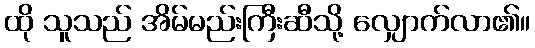
ထို သူသည် အိမ်မည်းကြီးဆီသို့ လျှောက်လာ၏။